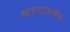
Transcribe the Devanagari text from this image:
खासगांवातील